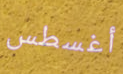
أغسطس